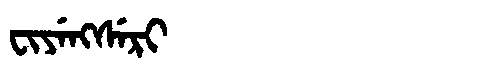
Manchu: ᠸᡳᠶᡝᠩᠰᡝᡵᡳ
Romanization: FIYENGSERI